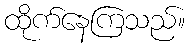
ထိုက်နေကြသည်။